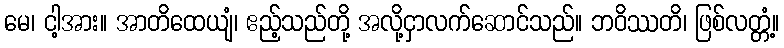
မေ၊ ငါ့အား။ အာတိထေယျံ၊ ဧည့်သည်တို့ အလို့ငှာလက်ဆောင်သည်။ ဘဝိဿတိ၊ ဖြစ်လတ္တံ့။